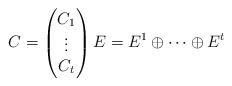
LaTeX: \begin{align*} C= \begin{pmatrix} C_1 \\ \vdots \\ C_t \end{pmatrix} E=E^1\oplus \cdots \oplus E^t \end{align*}